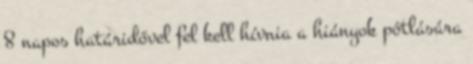
8 napos határidővel fel kell hívnia a hiányok pótlására